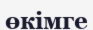
өкімге